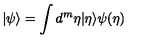
| \psi \rangle = \int d ^ { m } \eta | \eta \rangle \psi ( \eta )